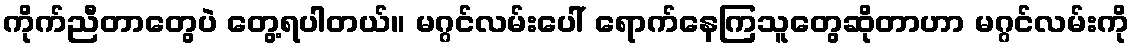
ကိုက်ညီတာတွေပဲ တွေ့ရပါတယ်။ မဂ္ဂင်လမ်းပေါ် ရောက်နေကြသူတွေဆိုတာဟာ မဂ္ဂင်လမ်းကို